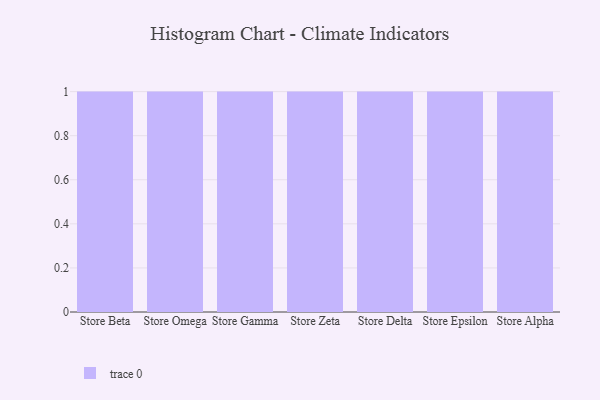
{"axis": {"x": "Store", "y": "Backlog"}, "legend": [""], "data": [{"x": "Store Beta", "y": 86, "type": ""}, {"x": "Store Omega", "y": 84, "type": ""}, {"x": "Store Gamma", "y": 85, "type": ""}, {"x": "Store Zeta", "y": 15, "type": ""}, {"x": "Store Delta", "y": 45, "type": ""}, {"x": "Store Epsilon", "y": 7, "type": ""}, {"x": "Store Alpha", "y": 59, "type": ""}]}